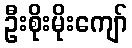
ဦးစိုးမိုးကျော်